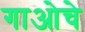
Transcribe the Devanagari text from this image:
गाओचे